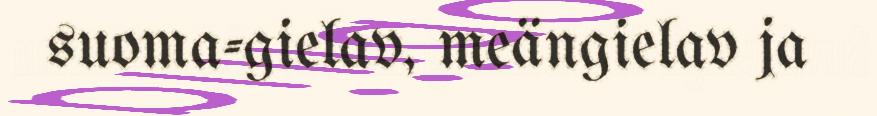
suoma-gielav, meängielav ja